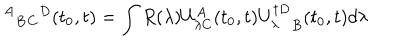
\ { ^ A } { _ B } { _ C } { ^ D } ( t _ { 0 } , t ) = \int R ( \lambda ) U _ { \lambda C } ^ { A } ( t _ { 0 } , t ) { U _ { \lambda } ^ { \dagger D } } _ { B } ( t _ { 0 } , t ) d \lambda